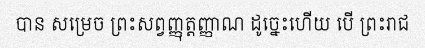
បាន សម្រេច ព្រះសព្វញ្ញុត្តញ្ញាណ ដូច្នេះហើយ បើ ព្រះរាជ